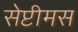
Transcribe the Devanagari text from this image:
सेप्टीमस